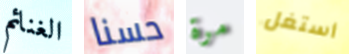
الغنائم حسنا مرة أستغل